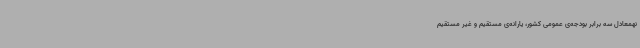
نهمعادل سه برابر بودجه‌ی عمومی کشور، یارانه‌ی مستقیم و غیر مستقیم